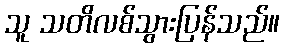
သူ သတိလစ်သွားပြန်သည်။